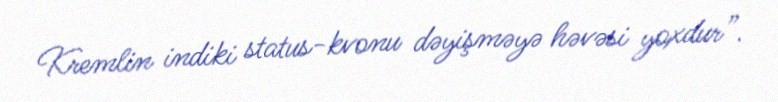
Kremlin indiki status-kvonu dəyişməyə həvəsi yoxdur”.